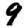
Digit: 9